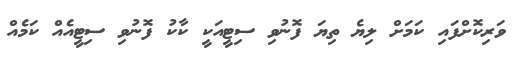
ވަރިކޮށްފައި ކަމަށް ލިޔެ ތިޔަ ފޮނުވި ސިޓީއަކީ ކާކު ފޮނުވި ސިޓީއެއް ކަމެއް